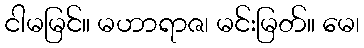
ငါမမြင်။ မဟာရာဇ၊ မင်းမြတ်။ မေ၊